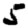
Digit: 5